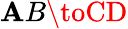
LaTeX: \mathbf{A}B\toCD